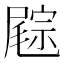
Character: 𡳓